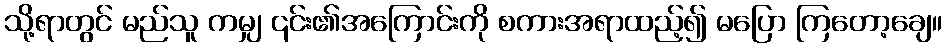
သို့ရာတွင် မည်သူ ကမျှ ၎င်း၏အကြောင်းကို စကားအရာထည့်၍ မပြော ကြတော့ချေ။